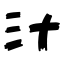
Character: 汁